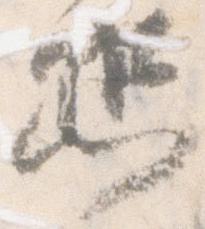
恐